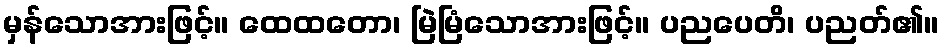
မှန်သောအားဖြင့်။ ထေထတော၊ မြဲမြံသောအားဖြင့်။ ပညပေတိ၊ ပညတ်၏။